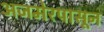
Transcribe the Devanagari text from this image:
अजमेरपासून